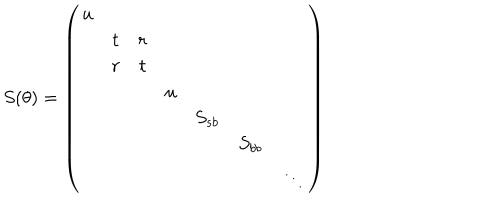
S ( \theta ) = \left( \begin{array} { c c c c c c c } { { u } } & { { } } & { { } } & { { } } & { { } } & { { } } & { { } } \\ { { } } & { { t } } & { { r } } & { { } } & { { } } & { { } } & { { } } \\ { { } } & { { r } } & { { t } } & { { } } & { { } } & { { } } & { { } } \\ { { } } & { { } } & { { } } & { { u } } & { { } } & { { } } & { { } } \\ { { } } & { { } } & { { } } & { { } } & { { S _ { s b } } } & { { } } & { { } } \\ { { } } & { { } } & { { } } & { { } } & { { } } & { { S _ { b b } } } & { { } } \\ { { } } & { { } } & { { } } & { { } } & { { } } & { { } } & { { \ddots } } \\ \end{array} \right)